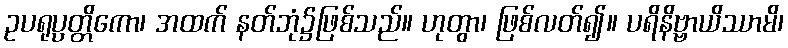
ဥပရုပ္ပတ္တိကော၊ အထက် နတ်ဘုံ၌ဖြစ်သည်။ ဟုတွာ၊ ဖြစ်လတ်၍။ ပရိနိဗ္ဗာယိဿာမိ၊